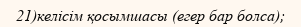
21)келісім қосымшасы (егер бар болса);